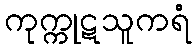
ကုက္ကုဋသူကရံ